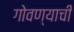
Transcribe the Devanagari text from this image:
गोवण्याची